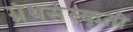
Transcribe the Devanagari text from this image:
ग्रंथसंस्‍कृती